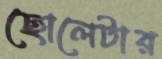
ছোলেটার